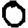
Digit: 0